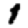
Digit: 1